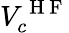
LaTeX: V_{c}^{\mathrm{~H~F~}}